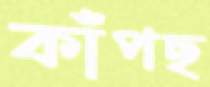
কাঁপছ